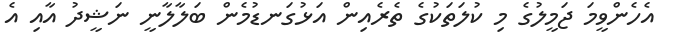
އެހެންވީމަ ޖަމީލުގެ މި ކުލަތަކުގެ ތެރެއިން އަޅުގަނޑުމެން ބަލާލާނީ ނަޝީދު އާއި އެ